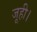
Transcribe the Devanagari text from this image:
जूही।